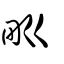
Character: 𤰕